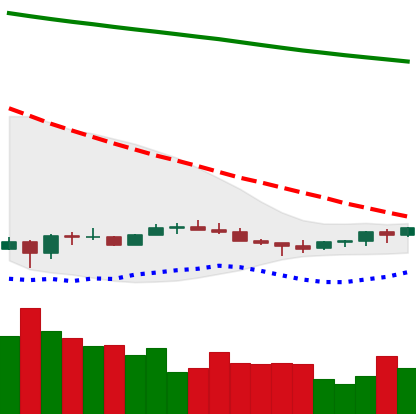
Ticker: EOS-USD
Chart end date: 2022-07-06
Forward return: -5.924%
Label: down_5_7